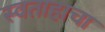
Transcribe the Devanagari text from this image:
स्वताहाचा